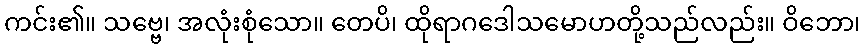
ကင်း၏။ သဗ္ဗေ၊ အလုံးစုံသော။ တေပိ၊ ထိုရာဂဒေါသမောဟတို့သည်လည်း။ ဝိဘော၊